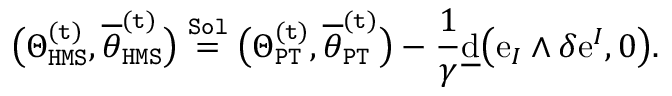
\big ( \Theta _ { \mathtt { H M S } } ^ { \mathtt { ( t ) } } , \overline { { \theta } } _ { \mathtt { H M S } } ^ { \mathtt { ( t ) } } \big ) \overset { \mathtt { S o l } } { = } \big ( \Theta _ { \mathtt { P T } } ^ { \mathtt { ( t ) } } , \overline { { \theta } } _ { \mathtt { P T } } ^ { \mathtt { ( t ) } } \big ) - \frac { 1 } { \gamma } \underline { { \mathrm { d } } } \big ( \mathrm { e } _ { I } \wedge \delta \mathrm { e } ^ { I } , 0 \big ) .